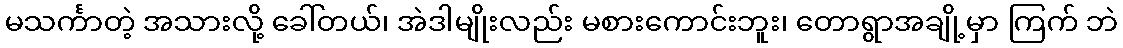
မသင်္ကာတဲ့ အသားလို့ ခေါ်တယ်၊ အဲဒါမျိုးလည်း မစားကောင်းဘူး၊ တောရွာအချို့မှာ ကြက် ဘဲ